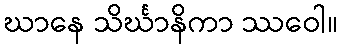
ဃာနေ သိင်္ဃာနိကာ ဿဝေါ။